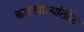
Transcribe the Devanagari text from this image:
कारखान्यांतील